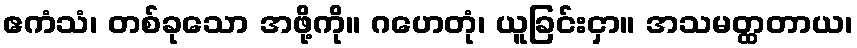
ဧကံသံ၊ တစ်ခုသော အဖို့ကို။ ဂဟေတုံ၊ ယူခြင်းငှာ။ အသမတ္ထတာယ၊